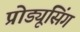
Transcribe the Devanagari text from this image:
प्रोड्यूसिंग